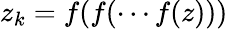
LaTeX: z_{k}=f(f(\cdots f(z)))